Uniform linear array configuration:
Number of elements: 24
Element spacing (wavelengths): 0.25
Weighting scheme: hamming
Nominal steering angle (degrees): -30
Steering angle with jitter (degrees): -31.436
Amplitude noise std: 0.05
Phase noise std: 0.05

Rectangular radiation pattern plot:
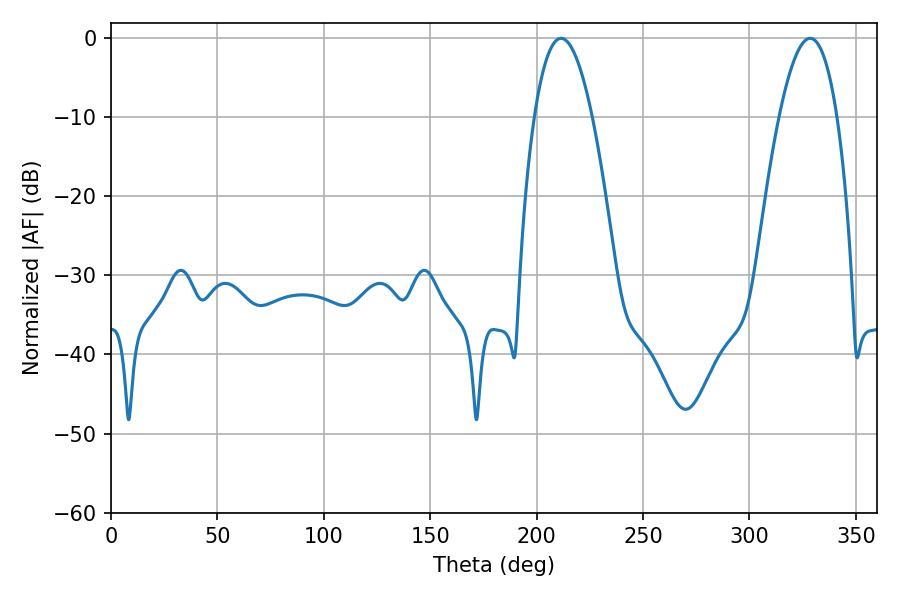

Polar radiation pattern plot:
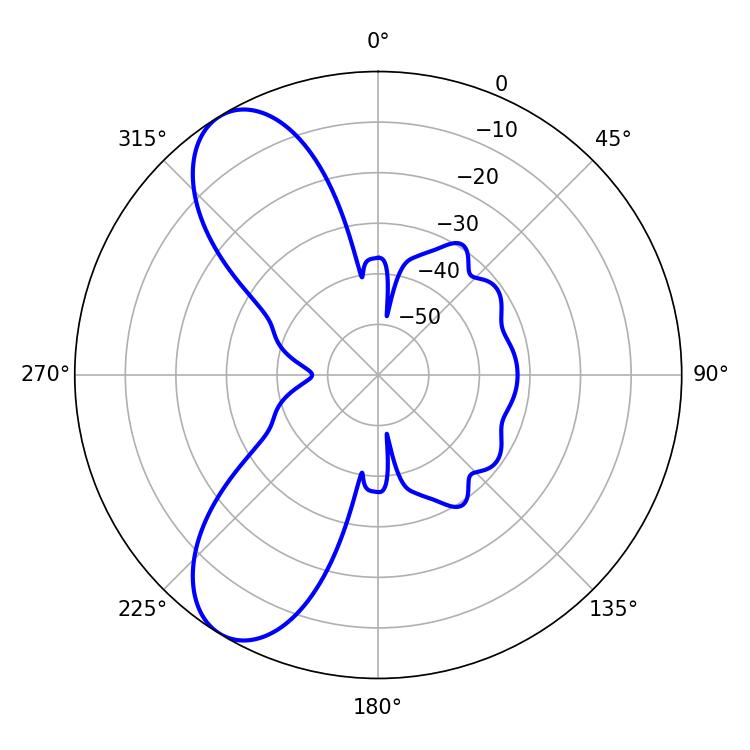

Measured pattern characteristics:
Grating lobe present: FALSE
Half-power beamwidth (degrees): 14.94
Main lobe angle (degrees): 211.5